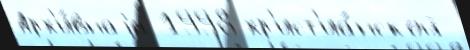
Арх'и́внаjа 1998 хр'ист'иа́нской